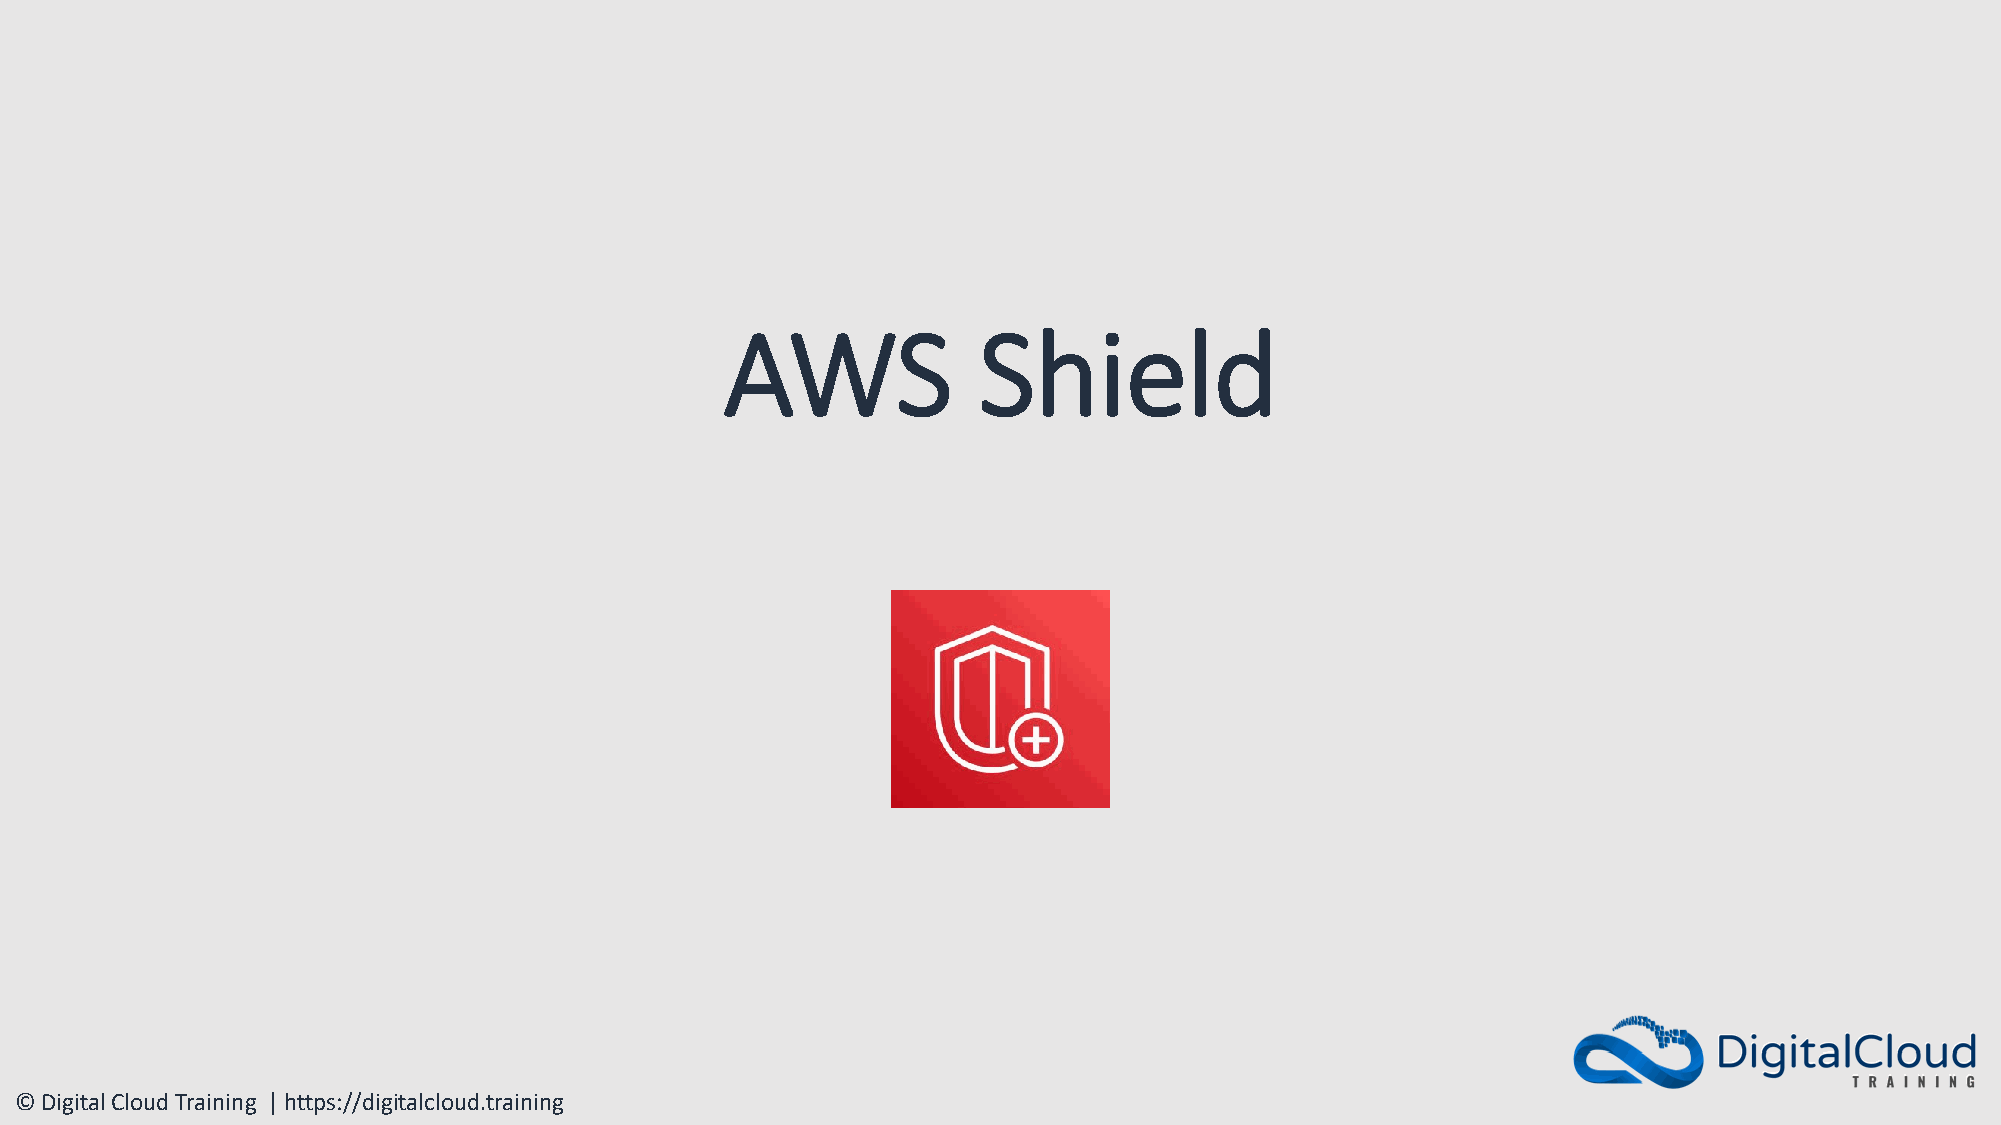
AWS              Shield
 © Digital Cloud Training | https://digitalcloud.training